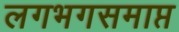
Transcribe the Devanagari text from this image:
लगभगसमाप्त